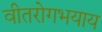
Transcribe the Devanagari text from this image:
वीतरोगभयाय